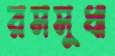
রসসুধা